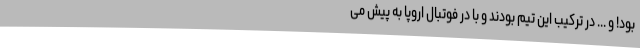
بود! و ... در ترکیب این تیم بودند و با در فوتبال اروپا به پیش می‌